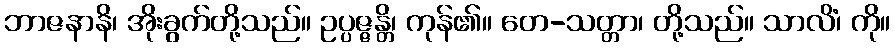
ဘာဇနာနိ၊ အိုးခွက်တို့သည်။ ဥပ္ပဇ္ဇန္တိ၊ ကုန်၏။ တေ-သတ္တာ၊ တို့သည်။ သာလိံ၊ ကို။